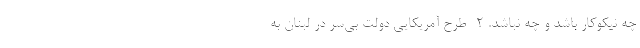
چه نیکو‌کار باشد و چه نباشد. ۲- طرح آمریکایی دولت بی‌سر در لبنان به